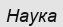
Наука